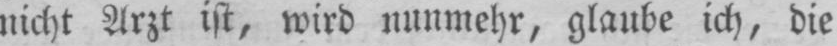
nicht Arzt ist, wird nunmehr, glaube ich, die